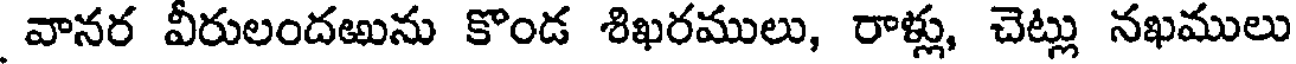
వానర వీరులందఱును కొండ శిఖరములు, రాళ్లు, చెట్లు నఖములు